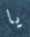
يا